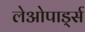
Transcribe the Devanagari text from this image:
लेओपार्ड्स